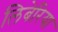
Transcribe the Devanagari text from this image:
लिबेरिया